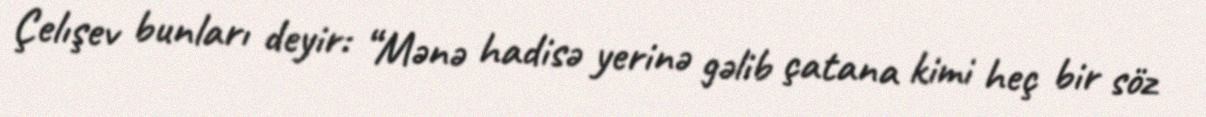
Çelışev bunları deyir: “Mənə hadisə yerinə gəlib çatana kimi heç bir söz